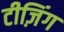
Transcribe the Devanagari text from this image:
टीज़िंग